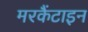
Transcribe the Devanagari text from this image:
मरकैंटाइन